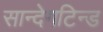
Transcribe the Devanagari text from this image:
सान्देगटिन्ड